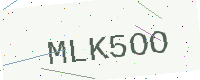
Text: MLK5OO